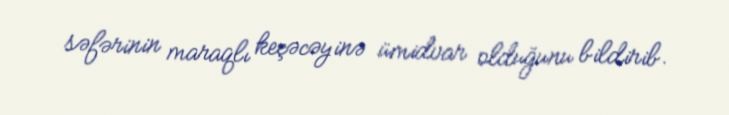
səfərinin maraqlı keçəcəyinə ümidvar olduğunu bildirib.